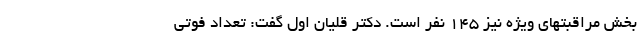
بخش مراقبتهای ویژه نیز ۱۴۵ نفر است. دکتر قلیان اول گفت: تعداد فوتی